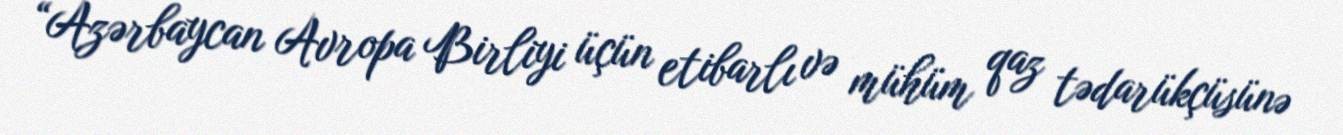
“Azərbaycan Avropa Birliyi üçün etibarlı və mühüm qaz tədarükçüsünə